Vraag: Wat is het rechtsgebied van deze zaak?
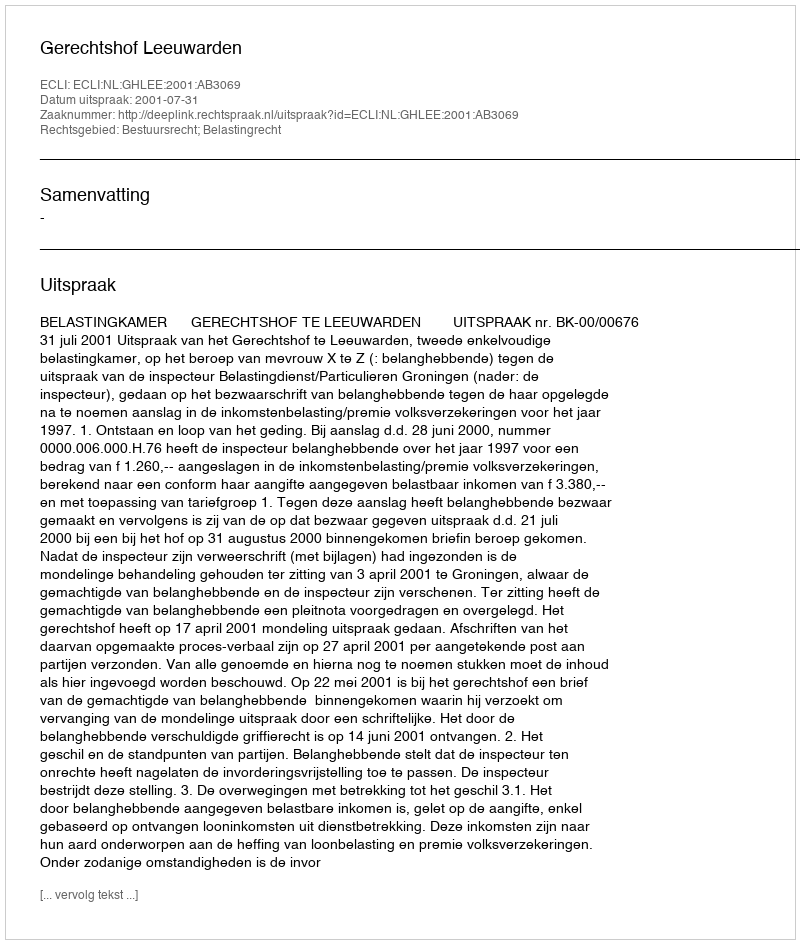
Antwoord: Bestuursrecht; Belastingrecht